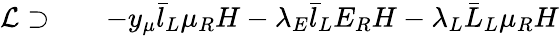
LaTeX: \begin{array}{rlr}{\mathcal{L}\supset}&{{}}&{-y_{\mu}\bar{l}_{L}\mu_{R}H-\lambda_{E}\bar{l}_{L}E_{R}H-\lambda_{L}\bar{L}_{L}\mu_{R}H}\end{array}